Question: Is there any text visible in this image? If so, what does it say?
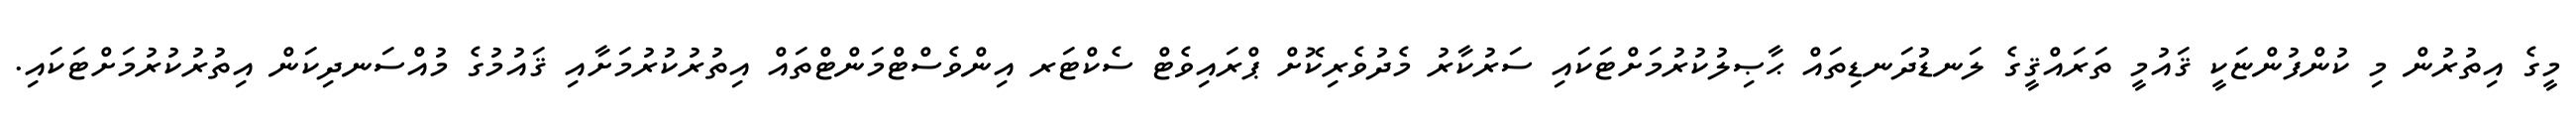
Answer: މީގެ އިތުރުން މި ކުންފުންޏަކީ ޤައުމީ ތަރައްޤީގެ ލަނޑުދަނޑިތައް ޙާޞިލުކުރުމަށްޓަކައި ސަރުކާރު މެދުވެރިކޮށް ޕްރައިވެޓް ސެކްޓަރ އިންވެސްޓްމަންޓްތައް އިތުރުކުރުމަށާއި ޤައުމުގެ މުއްސަނދިކަން އިތުރުކުރުމަށްޓަކައި.